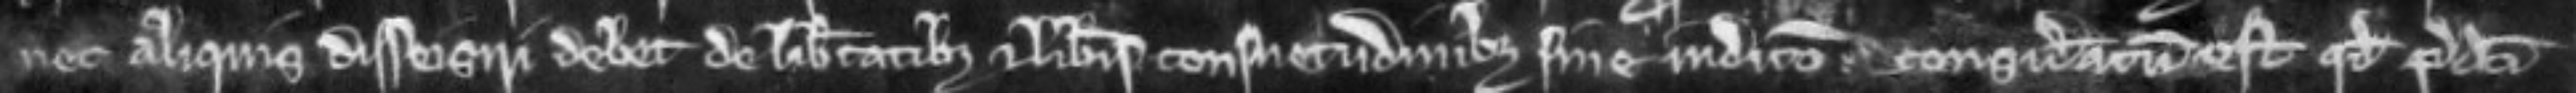
nec aliquis disseisiri debet de libertate et liberis consuetudinibus sine judicio. consideratum est quod predict